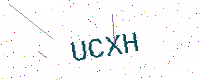
Text: UCXH